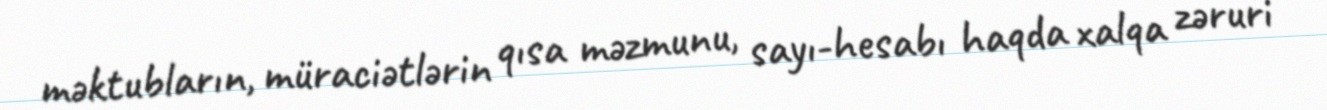
məktubların, müraciətlərin qısa məzmunu, sayı-hesabı haqda xalqa zəruri